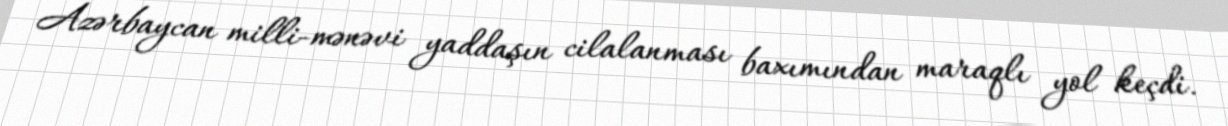
Azərbaycan milli-mənəvi yaddaşın cilalanması baxımından maraqlı yol keçdi.